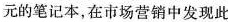
元的笔记本，在市场营销中发现此